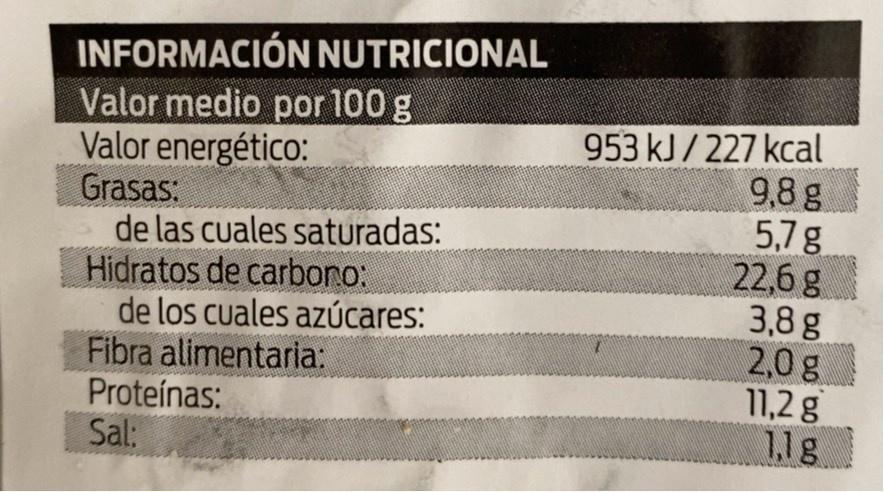
INFORMACIÓN NUTRICIONAL
Valor medio por 100 g
Valor energético: Grasas:
de las cuales saturadas:
Hidratos de carbono:
de los cuales azúcares:
Fibra alimentaria:
Proteínas:
Sal:
953 kJ/ 227 kcal 9,8 g 5,7g
22,6 g
3,8 g
2,0 g
11,2 g
1,1 g